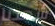
شهدنا